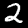
Digit: 2